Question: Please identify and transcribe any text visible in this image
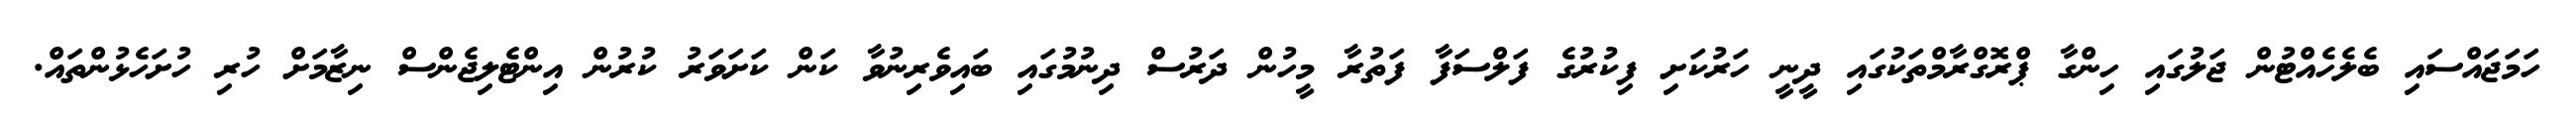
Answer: ހަމަޖައްސައި ބެލެހެއްޓުން ޖަލުގައި ހިންގާ ޕްރޮގްރާމްތަކުގައި ދީނީ ހަރުކަށި ފިކުރުގެ ފަލްސަފާ ފަތުރާ މީހުން ދަރުސް ދިނުމުގައި ބައިވެރިނުވާ ކަން ކަށަވަރު ކުރުން އިންޓެލިޖެންސް ނިޒާމަށް ހުރި ހުށަހެޅުންތައް.